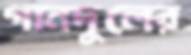
গানদুলের